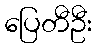
ပြေတီဦး